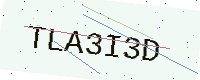
Text: TLA3I3D